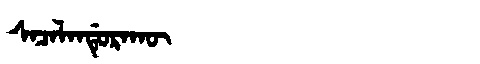
Manchu: ᠰᠠᠴᠠᠯᠠᠨᡩᡠᡵᠠᡴᡡ
Romanization: SACALANDURAKŪ